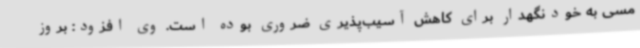
مسی به خودنگهدار برای کاهش آسیب‌پذیری ضروری بوده است. وی افزود: بروز